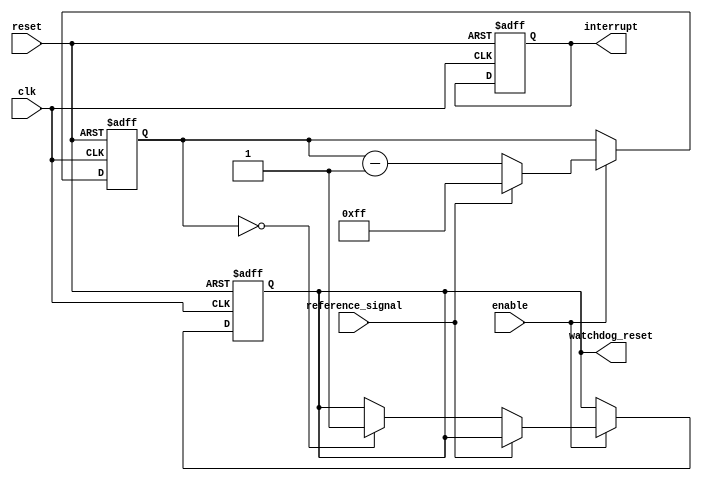
module watchdog_timer (
  input wire clk,
  input wire reset,
  input wire enable,
  input wire reference_signal,
  output reg watchdog_reset,
  output reg interrupt
);

reg [7:0] counter;

always @(posedge clk or posedge reset) begin
  if (reset) begin
    counter <= 8'hFF; // preset value
    watchdog_reset <= 0;
    interrupt <= 0;
  end else if (enable) begin
    if (reference_signal) begin
      counter <= 8'hFF; // reset counter
    end else begin
      if (counter == 8'h00) begin
        watchdog_reset <= 1; // trigger system reset
      end
      counter <= counter - 1; // decrement counter
    end
  end
end

endmodule